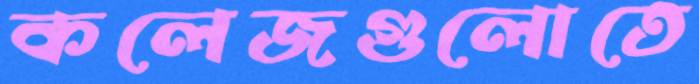
কলেজগুলোতে